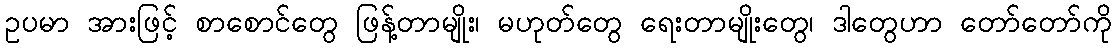
ဥပမာ အားဖြင့် စာစောင်တွေ ဖြန့်တာမျိုး၊ မဟုတ်တွေ ရေးတာမျိုးတွေ၊ ဒါတွေဟာ တော်တော်ကို